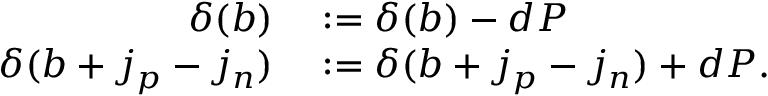
\begin{array} { r l } { \delta ( b ) } & { { } : = \delta ( b ) - d P } \\ { \delta ( b + j _ { p } - j _ { n } ) } & { { } : = \delta ( b + j _ { p } - j _ { n } ) + d P . } \end{array}